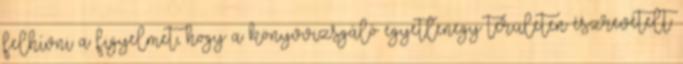
felhívni a figyelmet, hogy a könyvvizsgáló egyetlenegy területen észrevételt